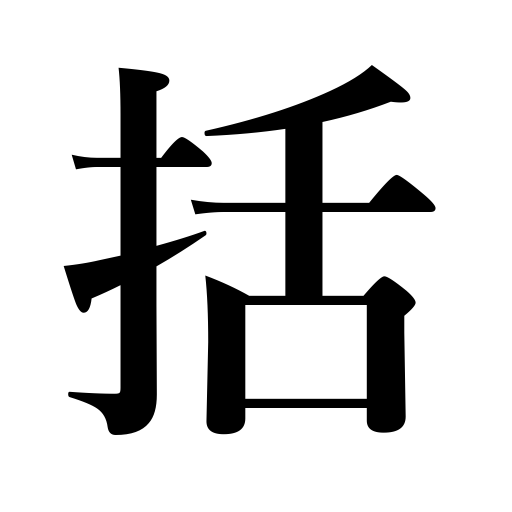
Meanings: hang someone,arrest,fasten,tie up